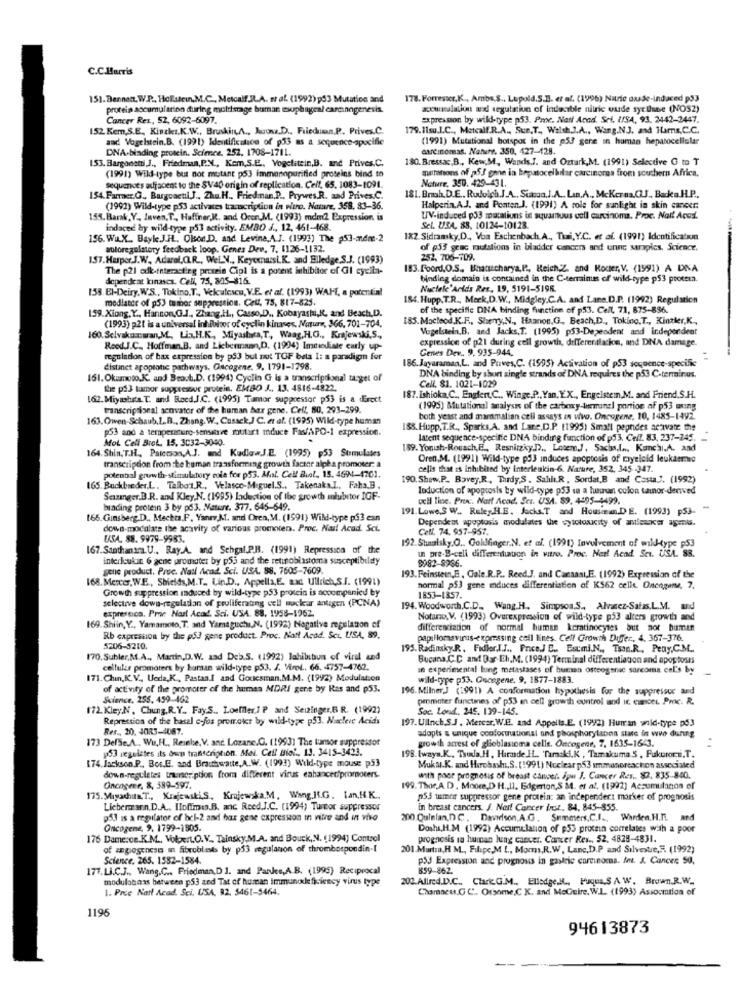
C.C.Harris
151. Dennett, W.P ., Hollstein,M.C ., Metcalf JLA. wat. (1992) pd3 Mutation and
178. Forrester,K ., Amba.S ., Lupold.S.B. er al. (1996) Nitric oxide-induced p53
protein accumulation during moldstage buman esophageal carcinogenesis.
accuralation and segutation of indecible nitric oude syr line (NOS2)
Cancer Res, 52, 6092-6097.
Expression by wild-type p53. Proc. Natt Acad. Sei. ISA, 93. 2442-2447.
152 Kem,S.E. Kischer.K.W ., Bruskin,A ., Auosz.D ., Frieduan.P. Prives.C.
179.11su.I.C ., Metcalf.R.A ., Sun.T ., Walsh.J.A ., Wang.N.J. and Hams.C.C.
aad Vogelstein.B. (1991) Identification of p53 as a sequence-specific
(1991) Mutational botspot in the p53 gere in human hepatocellular
DNA-binding protein. Science. 252, 1708-1711.
carcinomas, Nature. 350, 427-428.
153. Bargonotti J ., Friedman, P.N ., Kem,S.E ., Vogelitein,B. and Prives.C.
180. Bressac,B ., Kew,M, Wands.J. and Ozturk,M. (1991) Selective G to T
(1991) Wild-type but not mutant p3 immannpurified proteins bind to
metations of p53 gene in hepatocellular carcinoma from southern Africa.
sequences adjacent to the SV40 origin of replication. Cell, 65. 1083-1091.
Nature. 350. 429-43 1.
154. Farraer, G ., Burgoactil J ., Zhu.H ., Friedman,P ., Prywes.R. and Prives.C.
181. Broh.D.E .. Rudolph.J.A ., Siamo.].A. Lin.A ., McKerna.J ., Backa.H.P ..
(1992) Wild-type p53 activates transcription in vitro. Nane, 358, 83-36.
Halperin.A.J. and Ponten.J. (1991) A role for sunlight in skin cancer.
153. Barak, Y ., Juven, T ., Haffner,K, and OverM. (1993) mdm2 Expression is
UV-induced p53 macations in squamous cell carcinoma. Proc. Nait Acosl.
indaced by wild-type p53 activity. EMBO J ., 12, 461-468.
Sel. USA, 88, 10124-10123.
156. Wa.X .. Bayke J.HL. Olson.D. and Levine,A.J. (1993) The p53-andme-2
182 Sidranky,D ., Voa Eschenbach A ., Thai, Y.C. et af. (1991) Identification
woloregulatory feedback loop. Genes Dev. 7. 1126-1132.
of p53 grac mutations in bladder cancers and unne seraples. Science.
157. Harper J.W ., Adarel,CL.R ., Wel.V ., Keyerarsi.K. and Elledge.S.J. (1993)
252, 706-709.
The p21 odk-interacting protein Cipl is a potent inhibitor of Gl cyclin-
183. Foord.O.S ., Bhanucharya,P ., Reich.Z. and Router, V. (1991) A DNA
dependeat kinases. Cell, 75, 805-816.
binding domain is contained in the Csterminus of wild-type ps3 protea.
158. El-Deiry.W.S ., Tokino.T ., Velculescu, V.E. et al. (1993) WAHE, a potential
Nucleic Acids Res, 19, 5191-5196.
modlater of p53 tumor suppression. Celf, 75, 817-825.
184. Hupp. T.R ., Merk,D.W ., Midgley,C.A. and Lane.D.P. (1992) Regulation
159. Xiong, Y ., Hannon,G.J ., Zhang,H ., Casso.D ., Kobayashi,K. and Beach,D.
of the specific DNA binding function of p53. Cell, 71, 875-896.
(1993) p21 is a universal inhibitor of eyelin kinases, Nature, 366, 701-704.
185. Macleod.K.F ., Sherry,N ., Haanon.G ., Beach,D ., Tokino,T ., Kinzler,K .,
Vogelstein.B. and Jacks.T. (1995) p53-Dependent and independent
160. Selvakomman,M ., Liz,H.K, Miyastata,T, Wang, H.O ., Kunjewski,5 ,,
expression of p21 during cell growth, differentlacion, and DNA damage.
Reed.J.C ., Hoffman,B. and Liebermann,D. (1994) Immediate early up-
Genes Dev .. 9, 935-944.
reguladon of bax expression by p53 bul max TOF beta 1: a paradigm for
distinct apoptone pathways. Oncogene. 9. 1791-1798.
186. Jayaraman,L, and Prives,C. (1995) Activation of p53 sequence-specifi
161. Okumoto.K. and Beach.D. (1994) Cyclin G is a transcriptional target of
DNA binding by short single strands of DNA requires the p53 C-terminus.
the p13 tumor suppressor protein. EMBO J ., 13. 4816-4822.
Call. 81. 1021-1029
162. Miyashata. T. and Recd.J.C. (1995) Tumor suppressor p53 is a direct
187. Ishioka,C ., Englert,C ., Winge.P ., Yan, Y.X ., Engelstem,M. and Friend,S.H.
transcriptional senvator of the human bar gene. Cell, 80, 293-299.
(1995) Mutational analysis of the carbery-burunel portion of p53 uxing
163. Owen-Schaub. L.B ., Zhang. WW. Casack,J C. et al. (1995) Wild-type human
both yeast and mammalian cell assays in vivo. Oncogene, 10, 1485-1492.
p53 and a temperature-sensitive mutart mduce Fas/APO-1 expression.
188. Hupp. T.R ., Sparks,A. and Lane,D.P. (1995) Small peprides activate the
Mot Cell BroL. 15. 3032-3040.
.
latent sequence-specific DNA binding function of p53. Cell. 83, 237-245.
164. Shin. T.H ., Patetson,A.J. and Kudia.J.E. (1995) p53 Stimulates
189. Yonish-Rouach,EL, Resnitzky.]> .. LotemJ, Sacha.L ... Kunchi.A. and
Oren.M. (1991) Wild-type p53 induces apoptosis of myeloid leukaeree
transcription from :te human transforming growth factor alpha promoter: a
cells that is inhibited by interleukin-6. Nature, 352, 345 -347.
potenbal growth-stimulatory cole for p53. Mal. Cell Biol. 15. 46944-4701.
190. Shew.P_ Bavey,R, Tardy S. SahliR, Sordat,B and Casta.l. (1992)
165. Buchbreder.L. Talbo's.R ., Velasco-Miguel.S ., Takenaka.I. Faha.B.
Induction of apoptosis by wild-type p53 sa a hunan colon tainor-denved
Sezanger.B.R. and Kley,N. (1995) ladection of the growth mlubitor IGF-
ocil line. Proc. Natt Acad. Set. USA. 89. 4495-1499.
binding protein 3 by p63. Nature. 377. 645-549.
191. Lowe,S W. Ruler.H.E. Jacks.T and Howsiean.DE. (1993) p53-
165. Ginsberg.D ., Meckta.F. Yanry,M. andi Oren, M. (1991) Wild-type på3 can
Dependent apoptosis modulates the cytotoxicity of antleancer apenis.
down-mocalate the acavity of various promoters. Proc. Nail Acad Sci.
Cell. 74. 957-957.
USA. 88. 9979-9983.
192. Shaulsky.O .. Goldfinger.N. et al. (1991) Involvement of wild-type p53
167.Saathanam.U ., Ray.A. and Sehgal.P.B. (1991) Repression of the
un pre-B-celi differentunuon in vitro. Proc. Her! Acad Sci. USA. 88.
interleukin 6 gene promoter by p55 and the retinoblastoma susceptibility
9982-8986.
gene product. Proc. Nail Acad. Sci. USA. 88, 7605-7609.
168. Mercer, W.E ., Shields, M.T ., Lin.D ., Appella,E. axd Ullrich,S.I. (1991)
193. Feinstein,E , Gale.R.P ., Reed.J. and Canaast,E. (1992) Expression of the
Growth suppression saduced by wild-type p53 protein is accompanied by
normal p53 gene mduces differentiation of K562 celle. Onengene, 7.
selectve down-regulation of proliferating cell nuclear antigen (PCNA)
1853-1857.
expression. Pme Nast Acod. Sci. USA. 88, 1958-1962.
194. Woodworth,C.D ., Wang.H. Simpson.S ., Alvarez-Safas.L.M. uid
Notario. V. (1993) Overexpression of wild-type p53 alters growth and
169. Shiin, Y ., Yamamoto, T, and Yamaguchi,N. (1992) Negative regulation of
differenciation of normal human keratinocytes but not bumin
Rb capression by the p53 gene product. Proc. Natt Acad. Scu, USA, 89.
papillomavirus-expressing cell lines. Cell Growth Duffer ., 4. 367-376.
5206-5210.
195. Radinsky.R. Fidler.I.J ., Price,J C ., Estmi.N ., Tsan.R ., Peny,CM ..
170. Subler,M.A ., Martin,D.W. zad Deb.S. (1992) lahibibum of viral and
Bucana.C.C and Bar Eh.M. (1994) Terminal differentiecon and apop tosis
cellular promoters by human wild-type p53. J. Virol. 66. 4757-4762.
an experimental lung metastases of human osteogenic sarcoma cel's by
-
171. Chin, K.V ., Ueda,K ., Pastaa.l and Goucsman, M.M. (1992) Modulation
wild-type p53. Oncegene, 9, 1877-1883.
of activity of the promoter of the human MDRI gene by Ras and p53.
196. Milner J (1991) A conformation hypothesis for the suppressor and
Science, 255. 459-462
prometer functies of p53 en cell growth control and it. cumoet. Pmc. R.
172. KleyN, Chung,R.Y ., Fay'S .. Loeffler.] P and Seizinger,6 R. (1992)
Soc. Lond ., 245. 139-145.
Repression of the basal c-fos promokr by wild-type p53. Nacleve Acids
197. Ullnch.S.J . Mercar, W.E. and Appelle.E. (1992) Human wnid-type p53
Res ., 20, 4085-4087.
173 Delse.A ., Wu,H ., Reinbe, V. and. Lozanc.G. (1993) The tumor suppressor
adopts & unique conformational and phosphorylabon stare in wwo during
growth arrest of glioblastoma cells. Oncogene, 7, 1635-1643.
p53 regulates its own transcription. Moi. Cell Biol ., 13. 3415-3433.
174 Jackson.P ., Bos.E. and Brachwatte, A.W. (1993) Wild-type mouse p53
198. (ways.K ., Truda. H . Hirnde HL, 'Tamaki,K , Tamakuma.5 , Fukurom.i. T.
Mukal.K. and Harohashi,S. (1991) Nuclear p53 immunereachon associated
down-regulates transcription from different virus enhanced/promoters.
with poor prognosis of breast cancer. ipu J. Cancer Res .. $3, 835.840.
Oncogene, 8, 589-597.
199. Thor,A. D . Moore,D H ., Il. Edgerton,S M. et al. (1992) Accumulation of
175. Miyachita.T ., KrajewskiS, Kmjewska.M. Wang.Jf.G. tan,H.K ..
p53 umor suppressor gene protein: an independent marker of prognosis
Liebermann. D.A ., Iloffmes.B. anc Reed.J.C. (1994) Tumor suppressor
in breast cancers. J. Nar! Cancer inst, 84, 845-855.
p53 is a regulator of bel-2 and har gene expression in vitro and in vivo
200 Quinlan,D. C. Davidson,A.G. Summers,C.I ., Werden.H.T .. and
Oncogene, 9, 1799-1905.
Dosha,H.M (1992) Accumulation of p53 protein comelates with a poor
176 Dame:ce.K.M ., VolerL.O.V ., Tainsky.M.A. and Bouck,N. (1994) Control
prognosis in human lung cancer. Cancer Res ., 52, 4828-4831.
of angiogenese in fibroblasts by p33 regulation of thrombospondin-[
201 Marta,H M ., Filipe,M L ., Moms,R.W, Lanc,D.P and Silvestre,5. (1992)
Science. 265. 1582-1584.
p53 Expression and prognous in gastric carcinoma. Int. & Cancer 50.
177.Li.C.J ., Wang.C ., Friedman,DI. and Pankes,A.B. (1995) Reciprocal
359-862.
modulobans between p53 and Tat of human immunodeficiency virus type
202.Allred.D.C ., Clark.G.M ., Elledge.il ., Fuqua,S A W, Brown.R.W.
1. Prce Nail Acad. Sei. USA, 92, 5461-5464.
Chamaeu.G.C. Orsome,C K. and MeGuire, W.L. (1993) Assocmtion of
1196
94613873